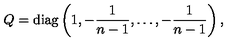
Q = \mathrm { d i a g } \left( 1 , - { \frac { 1 } { n - 1 } } , \ldots , - { \frac { 1 } { n - 1 } } \right) ,